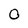
Character: 0